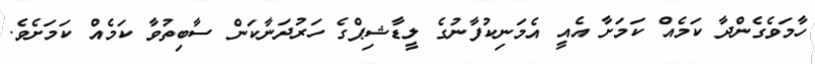
ހާމަވެގެންދާ ކަމެއް ކަމަށާ އެއީ އެމަނިކުފާނުގެ ލީޑާޝިޕްގެ ހަރުދަނާކަން ސާބިތުވާ ކަމެއް ކަމަށެވެ.